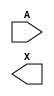
/**
 * Copyright 2020 The SkyWater PDK Authors
 *
 * Licensed under the Apache License, Version 2.0 (the "License");
 * you may not use this file except in compliance with the License.
 * You may obtain a copy of the License at
 *
 *     https://www.apache.org/licenses/LICENSE-2.0
 *
 * Unless required by applicable law or agreed to in writing, software
 * distributed under the License is distributed on an "AS IS" BASIS,
 * WITHOUT WARRANTIES OR CONDITIONS OF ANY KIND, either express or implied.
 * See the License for the specific language governing permissions and
 * limitations under the License.
 *
 * SPDX-License-Identifier: Apache-2.0
 */

`ifndef SKY130_FD_SC_LP__BUF_SYMBOL_V
`define SKY130_FD_SC_LP__BUF_SYMBOL_V

/**
 * buf: Buffer.
 *
 * Verilog stub (without power pins) for graphical symbol definition
 * generation.
 *
 * WARNING: This file is autogenerated, do not modify directly!
 */

`timescale 1ns / 1ps
`default_nettype none

(* blackbox *)
module sky130_fd_sc_lp__buf (
    //# {{data|Data Signals}}
    input  A,
    output X
);

    // Voltage supply signals
    supply1 VPWR;
    supply0 VGND;
    supply1 VPB ;
    supply0 VNB ;

endmodule

`default_nettype wire
`endif  // SKY130_FD_SC_LP__BUF_SYMBOL_V